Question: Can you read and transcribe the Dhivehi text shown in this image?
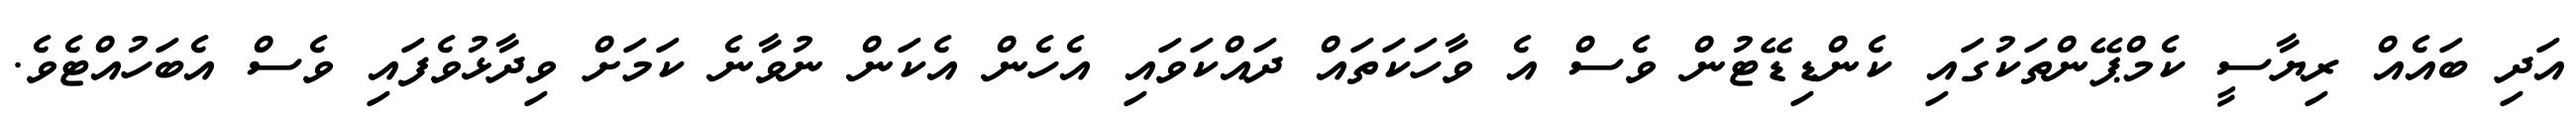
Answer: އަދި ބައެއް ރިޔާސީ ކެމްޕޭންތަކުގައި ކެންޑިޑޭޓުން ވެސް އެ ވާހަކަތައް ދައްކަވައި އެހެން އެކަން ނުވާނެ ކަމަށް ވިދާޅުވެފައި ވެސް އެބަހުއްޓެވެ.